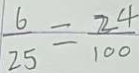
\frac { 6 } { 2 5 } = \frac { 2 4 } { 1 0 0 }